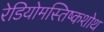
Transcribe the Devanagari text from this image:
रेडियोमस्तिष्कशोथ